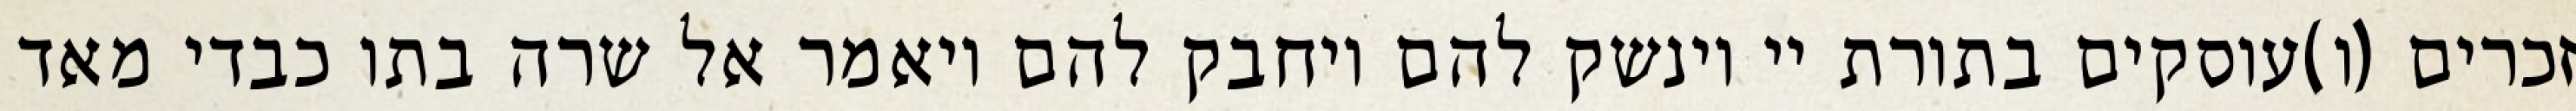
זכרים (ו)עוסקים בתורת יי וינשק להם ויחבק להם ויאמר אל שרה בתו כבדי מאד